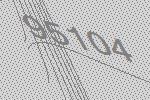
95104